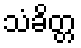
သံခိတ္တ